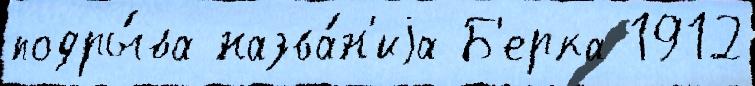
подры́ва назва́н'иjа Б'ерка 1912